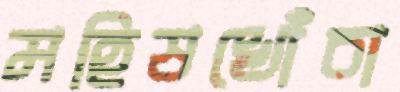
মহিষখোঁচা